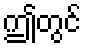
ဤတွင်